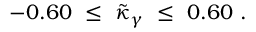
- 0 . 6 0 ~ \leq ~ \tilde { \kappa } _ { \gamma } ~ \leq ~ 0 . 6 0 ~ .